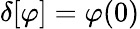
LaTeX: \delta[\varphi]=\varphi(0)